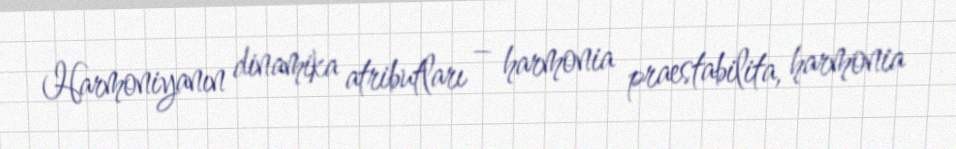
Harmoniyanın dinamika atributları – harmonia praestabilita, harmonia